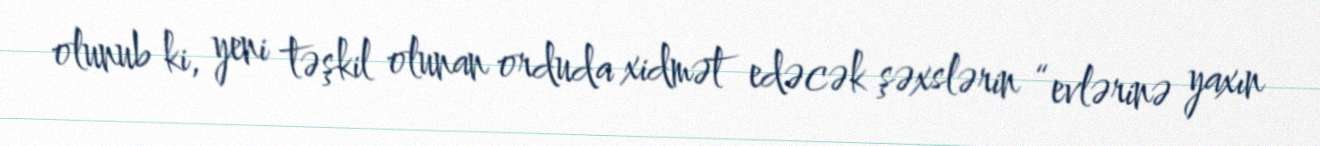
olunub ki, yeni təşkil olunan orduda xidmət edəcək şəxslərin “evlərinə yaxın